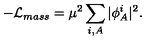
- { \cal L } _ { m a s s } = \mu ^ { 2 } \sum _ { i , A } \vert \phi _ { A } ^ { i } \vert ^ { 2 } .